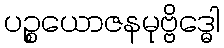
ပဉ္စယောဇနမုဗ္ဗိဒ္ဓေါ